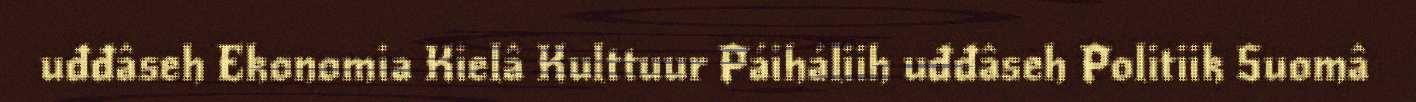
uđđâseh Ekonomia Kielâ Kulttuur Páiháliih uđđâseh Politiik Suomâ